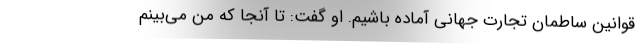
قوانین ساطمان تجارت جهانی آماده باشیم. او گفت: تا آنجا که من می‌بینم